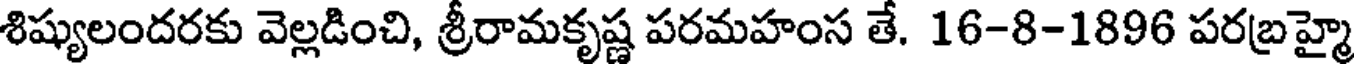
శిష్యులందరకు వెల్లడించి, శ్రీరామకృష్ణ పరమహంస తే. 16-8-1896 పరబ్రహ్మై